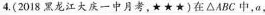
4.(2018黑龙江大庆一中月考\star\star\star )在\bigtriangleup ABC中，a，